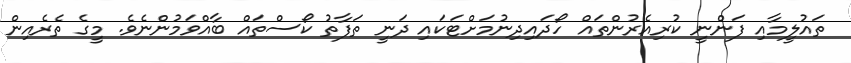
ތައުލީމާއި ފަންނީ ކުރިއެރުންތައް ހޯދައިދިނުމަށްޓަކައި ދަނީ ތަފާތު ކޯސްތައް ބާއްވަމުންނެވެ. މީގެ ތެރެއިން